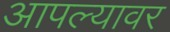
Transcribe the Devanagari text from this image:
आपल्‍यावर